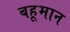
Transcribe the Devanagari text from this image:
बहूमान